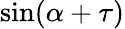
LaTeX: \sin(\alpha+\tau)